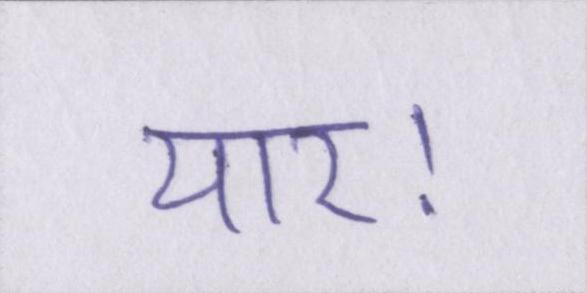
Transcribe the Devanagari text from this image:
यार।